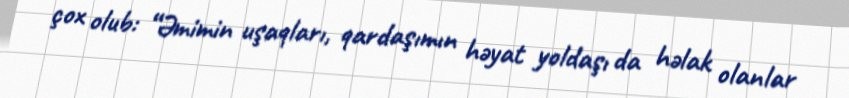
çox olub: “Əmimin uşaqları, qardaşımın həyat yoldaşı da həlak olanlar